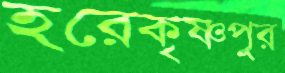
হরেকৃষ্ণপুর